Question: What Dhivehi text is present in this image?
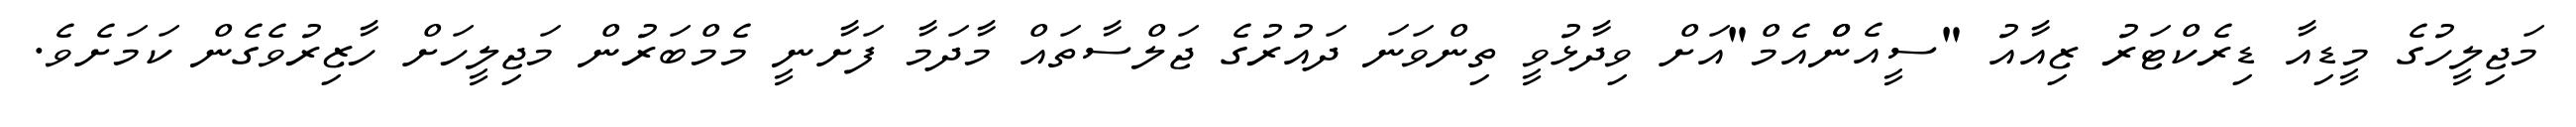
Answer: މަޖިލީހުގެ މީޑިއާ ޑިރެކްޓަރު ޒިއާއު "ސީއެންްއެމް"އަށް ވިދާޅުވީ ތިންވަނަ ދައުރުގެ ޖަލްސާތައް މާދަމާ ފަށާނީ މެމްބަރުން މަޖިލީހަށް ހާޒިރުވެގެން ކަމަށެވެ.